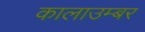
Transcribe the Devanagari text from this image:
कालाउम्बर